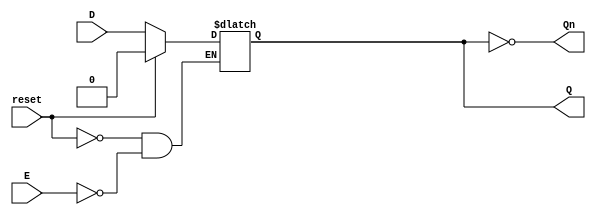
module LatchRegister (
    input wire D,       // Data Input
    input wire E,       // Enable Signal
    input wire reset,   // Reset Signal (optional)
    output reg Q,       // Output
    output wire Qn      // Complement of Output
);

// Assign the complement of Q to Qn
assign Qn = ~Q;

// Always block to implement the latch behavior
always @(*) begin
    if (reset) begin
        Q <= 1'b0; // Initialize Q to 0 on reset
    end else if (E) begin
        Q <= D;     // Capture the value of D when E is high
    end
    // If E is low, Q retains its previous value (latch behavior)
end

endmodule